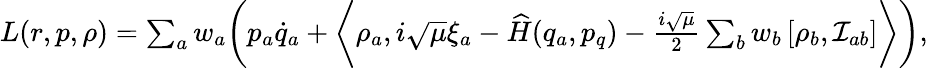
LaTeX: \begin{array}{r}{L(r,p,\rho)=\sum_{a}w_{a}\bigg(p_{a}\dot{q}_{a}+\bigg\langle\rho_{a},i\sqrt{\mu}\xi_{a}-\widehat H(q_{a},p_{q})-\frac{i\sqrt{\mu}}2\sum_{b}w_{b}\left[\rho_{b},\mathcal{I}_{ab}\right]\bigg\rangle\bigg),}\end{array}